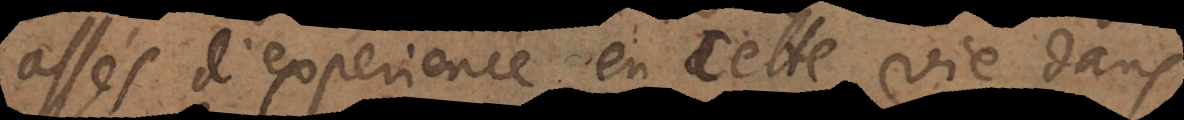
assés d’expérience en cette vie dans